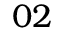
0 2